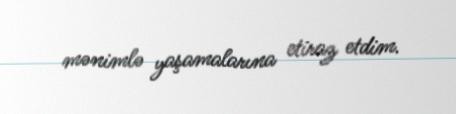
mənimlə yaşamalarına etiraz etdim.